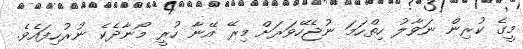
މީގެ ކުރިން ނަވާލު ހިތްހަމަ ނުޖެހޭވަރަށް މިރޭ އޭނާ ހުރީ މޯނާދެކެ ނުރުހިފައެވެ.